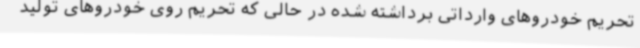
تحریم خودروهای وارداتی برداشته شده در حالی که تحریم روی خودروهای تولید